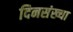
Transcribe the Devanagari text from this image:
दिनसंख्या